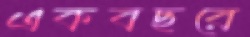
একবছরে